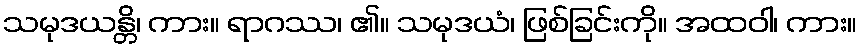
သမုဒယန္တိ၊ ကား။ ရာဂဿ၊ ၏။ သမုဒယံ၊ ဖြစ်ခြင်းကို။ အထဝါ၊ ကား။